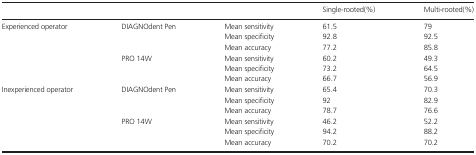
| <COLSPAN=3>  | Single‐rooted(%) | Multi‐rooted(%) |
 | --- | --- | --- | --- | --- |
 | <ROWSPAN=6> Experienced operator | <ROWSPAN=3> DIAGNOdent Pen | Mean sensitivity | 61.5 | 79 |
 | Mean specificity | 92.8 | 92.5 |
 | Mean accuracy | 77.2 | 85.8 |
 | <ROWSPAN=3> PRO 14W | Mean sensitivity | 60.2 | 49.3 |
 | Mean specificity | 73.2 | 64.5 |
 | Mean accuracy | 66.7 | 56.9 |
 | <ROWSPAN=6> Inexperienced operator | <ROWSPAN=3> DIAGNOdent Pen | Mean sensitivity | 65.4 | 70.3 |
 | Mean specificity | 92 | 82.9 |
 | Mean accuracy | 78.7 | 76.6 |
 | <ROWSPAN=3> PRO 14W | Mean sensitivity | 46.2 | 52.2 |
 | Mean specificity | 94.2 | 88.2 |
 | Mean accuracy | 70.2 | 70.2 |